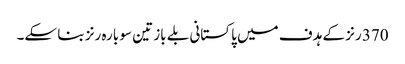
370 رنز کے ہدف میں پاکستانی بلے باز تین سو بارہ رنز بنا سکے۔